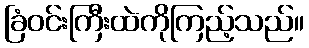
ခြံဝင်းကြီးထဲကိုကြည့်သည်။